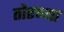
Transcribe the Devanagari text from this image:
तोरण्या